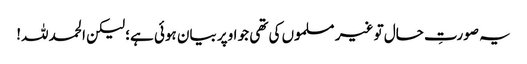
یہ صورتِ حال تو غیر مسلموں کی تھی جو اوپر بیان ہوئی ہے؛ لیکن الحمد للہ!